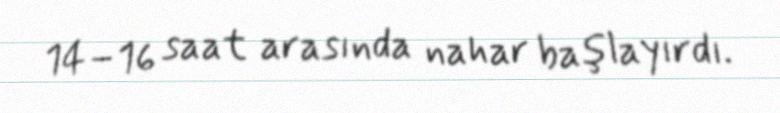
14–16 saat arasında nahar başlayırdı.